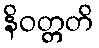
နိဝတ္တတိ